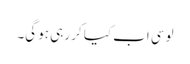
لوسی اب کیا کر رہی ہو گی۔